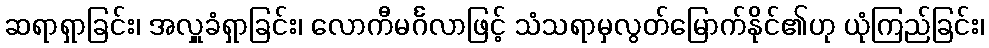
ဆရာရှာခြင်း၊ အလှူခံရှာခြင်း၊ လောကီမင်္ဂလာဖြင့် သံသရာမှလွတ်မြောက်နိုင်၏ဟု ယုံကြည်ခြင်း၊